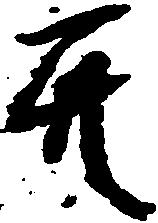
共